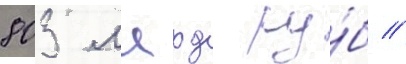
803 млрд ру́б //